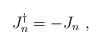
LaTeX: \begin{align*} J_n^\dag = - J_n ~,\end{align*}